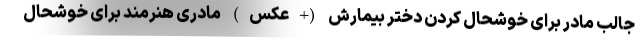
جالب مادر برای خوشحال کردن دختر بیمارش (+عکس) مادری هنرمند برای خوشحال